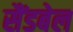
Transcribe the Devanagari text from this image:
सैंडबेल